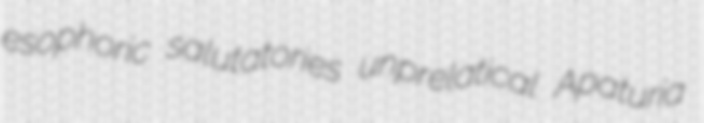
esophoric salutatories unprelatical Apaturia